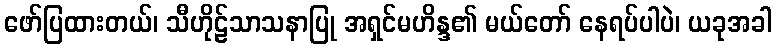
ဖော်ပြထားတယ်၊ သီဟိုဠ်သာသနာပြု အရှင်မဟိန္ဒ၏ မယ်တော် နေရပ်ပါပဲ၊ ယခုအခါ